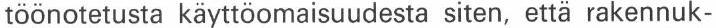
töönotetusta käyttöomaisuudesta siten, että rakennuk-